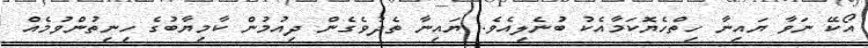
އޯކޭ ނަވާ ޔައިނާ ހިތްހެޔޮކަމާއެކު ބުނެލިއެވެ. ޔައިނާ ތެދުވެގެން ދިއުމުން ކާމިޔާބުގެ ހިނިތުންވުމެއް